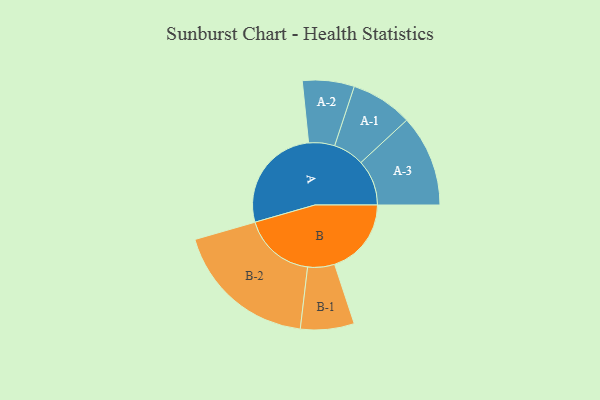
{"axis": {"x": "Segment", "y": "Value"}, "legend": ["", "A", "B"], "data": [{"x": "A", "y": 447, "type": ""}, {"x": "B", "y": 320, "type": ""}, {"x": "A-1", "y": 129, "type": "A"}, {"x": "A-2", "y": 108, "type": "A"}, {"x": "A-3", "y": 191, "type": "A"}, {"x": "B-1", "y": 112, "type": "B"}, {"x": "B-2", "y": 300, "type": "B"}]}